Problem: 2 × 5 = ?
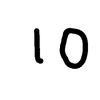
Handwritten answer: 10